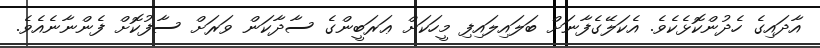
އާދައިގެ ހެދުންކޮޅެކެވެ. އެކަލޭގެފާނަށް ބަލައިލައިފި މީހަކަށް ޢަރަބީންގެ ސާދާކަން ވަރަށް ސާފުކޮށް ފެންނާނެއެވެ.